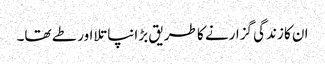
ان کا زندگی گزارنے کا طریق بڑا نپاتلا اور طے تھا۔